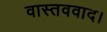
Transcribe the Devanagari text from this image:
वास्तववाद।